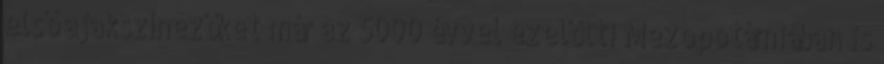
első ajakszínezőket már az 5000 évvel ezelőtti Mezopotámiában is